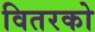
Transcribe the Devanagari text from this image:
वितरको